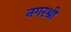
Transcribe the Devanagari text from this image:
नगरश्री